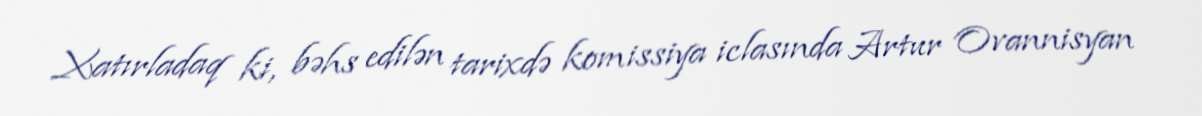
Xatırladaq ki, bəhs edilən tarixdə komissiya iclasında Artur Ovannisyan